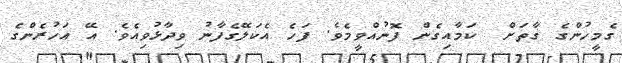
ގެމީހުންގެ ގާތަށް  ކަމާއިގެން ފޮނުއްވީމެވެ. ފަހެ އެކަލޭގެފާނު ވިދާޅުވިއެވެ. އޭ އަހުރެންގެ